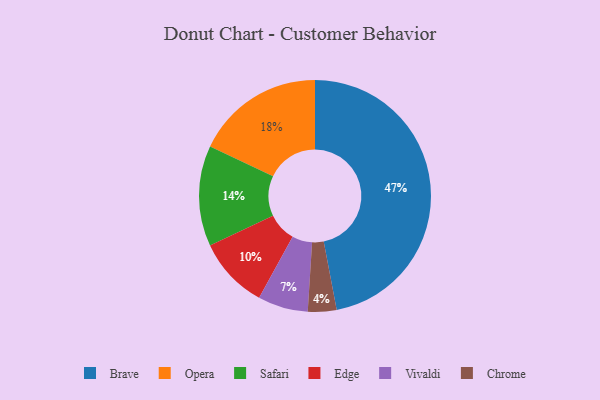
{"axis": {"x": "Category", "y": "Percentage"}, "legend": ["Brave", "Chrome", "Edge", "Opera", "Safari", "Vivaldi"], "data": [{"x": "Brave", "y": 47, "type": "Brave"}, {"x": "Safari", "y": 14, "type": "Safari"}, {"x": "Opera", "y": 18, "type": "Opera"}, {"x": "Chrome", "y": 4, "type": "Chrome"}, {"x": "Vivaldi", "y": 7, "type": "Vivaldi"}, {"x": "Edge", "y": 10, "type": "Edge"}]}